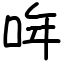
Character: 哖